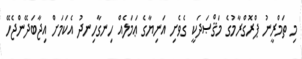
މި ތަމްރީނު ޕްރޮގްރާމުގެ މަޤްޞަދަކީ ގެވެށި އަނިޔާގެ ޢަމަލެއް ހިނގާހިނދު އެކަމަށް އިޖާބަދޭންޖެހޭ